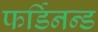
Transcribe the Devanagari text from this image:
फर्डिनन्ड